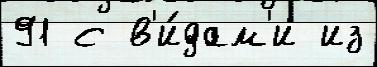
91 с в'и́дам'и из